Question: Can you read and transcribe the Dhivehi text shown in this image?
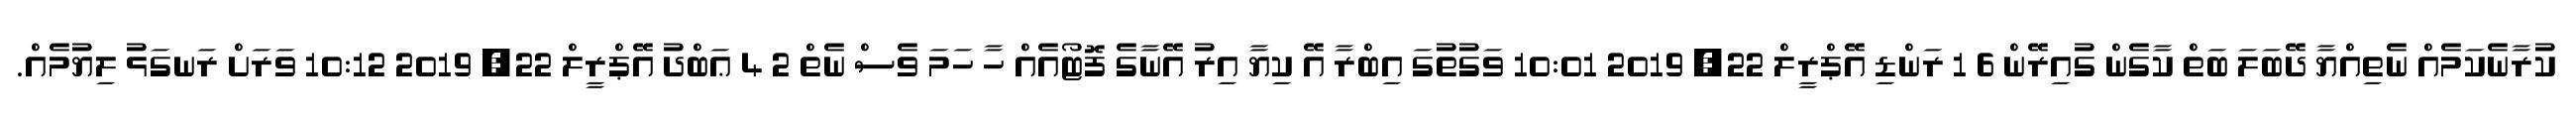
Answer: ކުރާނެކަމެއް ނެތިއްޔާ ދޭބަލަ ބަތް ކާގެން ގުއިރޭން 6 1 ރަންޑި އޭޕްރީލް 22, 2019 10:01 ވަގުތުގަ އިބްރާ އޭ ކިޔާ އިރު އޭނާގެ ފޮޓޯއެއް ހާ ހަމަ ވެސް ނެތް 2 4 ޢަބްދު އޭޕްރީލް 22, 2019 10:12 ވަރަށް ރަނގަޅު ލިޔުމެއް.